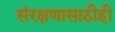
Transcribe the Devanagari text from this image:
संरक्षणासाठीही